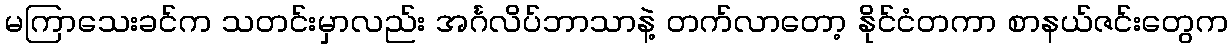
မကြာသေးခင်က သတင်းမှာလည်း အင်္ဂလိပ်ဘာသာနဲ့ တက်လာတော့ နိုင်ငံတကာ စာနယ်ဇင်းတွေက